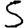
Digit: 5